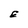
Character: E